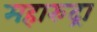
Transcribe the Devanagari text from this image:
महारुद्रा